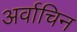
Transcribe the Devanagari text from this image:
अर्वाचिन